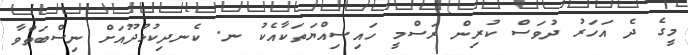
މީގެ ދެ އަހަރު ދުވަސް ކުރިން ރަސްމީ ހައިސިއްޔަތަކާއެކު ނ. ކެނދިކުޅުދޫއަށް ނިސްބަތްވާ